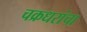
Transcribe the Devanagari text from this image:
चक्रधरांचा